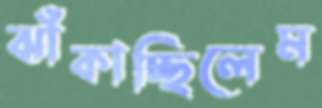
ঝাঁকাচ্ছিলেম